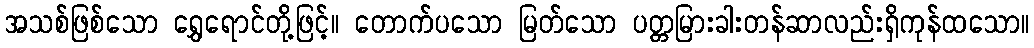
အသစ်ဖြစ်သော ရွှေရောင်တို့ဖြင့်။ တောက်ပသော မြတ်သော ပတ္တမြားခါးတန်ဆာလည်းရှိကုန်ထသော။